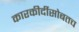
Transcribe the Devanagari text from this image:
कारकीर्दीसोबतच